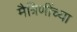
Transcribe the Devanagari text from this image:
मैत्रिणींच्या